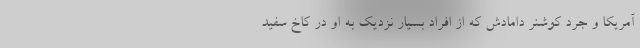
آمریکا و جرد کوشنر دامادش که از افراد بسیار نزدیک به او در کاخ سفید